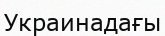
Украинадағы